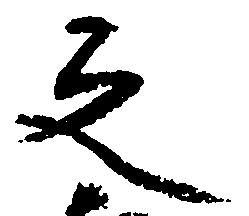
之